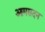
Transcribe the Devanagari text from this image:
आमसदन